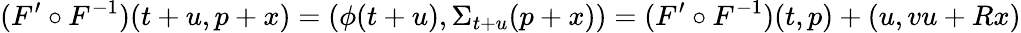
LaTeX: (F^{\prime}\circ F^{-1})(t+u,p+x)=(\phi(t+u),\Sigma_{t+u}(p+x))=(F^{\prime}\circ F^{-1})(t,p)+(u,vu+Rx)